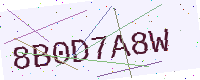
Text: 8B0D7A8W